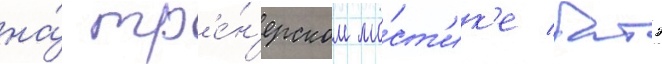
на́ тр'е́н'ерском мо́ст'ик'е батэ